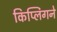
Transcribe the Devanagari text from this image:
किप्लिंगने